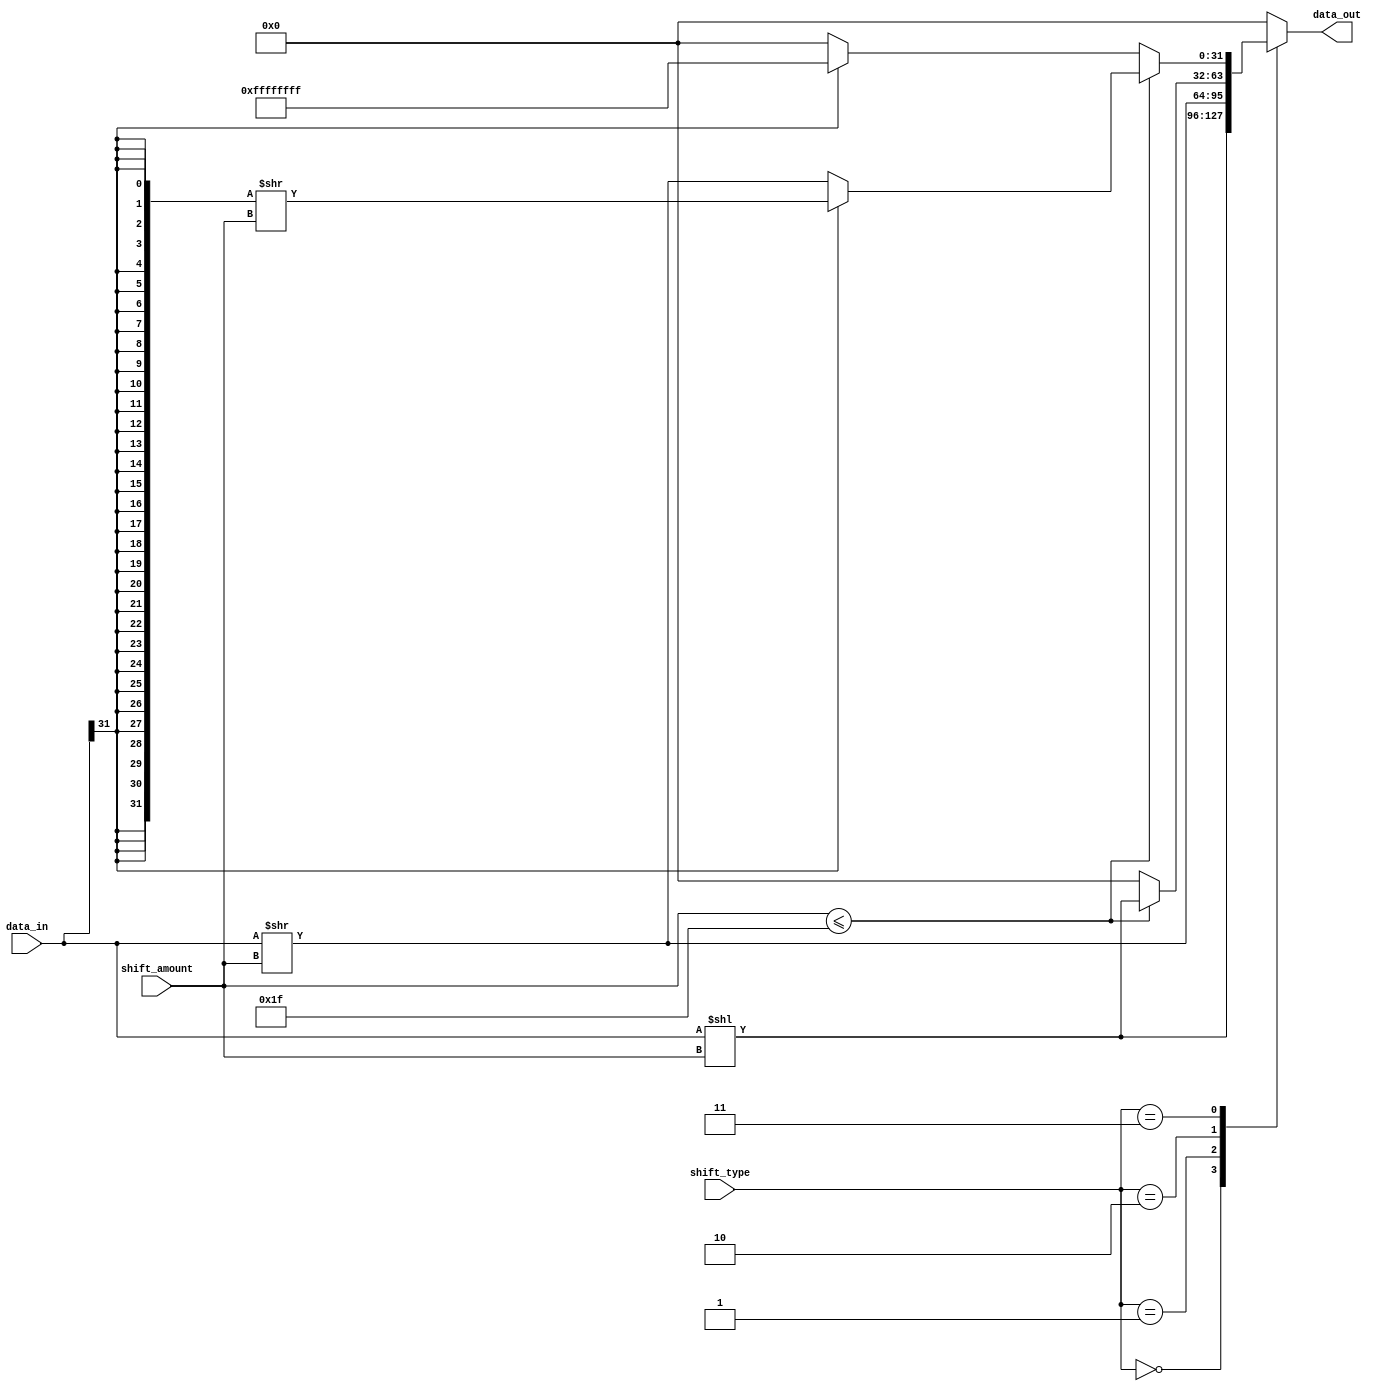
module SparseBarrelShifter (
    input [31:0] data_in,
    input [4:0] shift_amount,
    input [2:0] shift_type, // 0: left shift, 1: right shift, 2: logical shift, 3: arithmetic shift
    output reg [31:0] data_out
);

always @(*) begin
    case(shift_type)
        0: data_out = data_in << shift_amount;
        1: data_out = data_in >> shift_amount;
        2: data_out = (shift_amount <= 31) ? (data_in << shift_amount) : 32'h0;
        3: data_out = (shift_amount <= 31) ? ((data_in[31] == 0) ? (data_in >> shift_amount) : ({32{data_in[31]}} >> shift_amount)) : ((data_in[31] == 0) ? 32'h0 : 32'hFFFFFFFF);
        default: data_out = 32'h0;
    endcase
end

endmodule